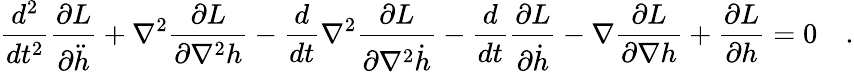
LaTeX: \frac{d^{2}}{dt^{2}}\frac{\partial L}{\partial\ddot{h}}+\nabla^{2}\frac{\partial L}{\partial\nabla^{2}h}-\frac{d}{dt}\nabla^{2}\frac{\partial L}{\partial\nabla^{2}\dot{h}}-\frac{d}{dt}\frac{\partial L}{\partial\dot{h}}-\nabla\frac{\partial L}{\partial\nabla h}+\frac{\partial L}{\partial h}=0\quad.